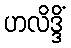
ဟလိဒ္ဒိံ